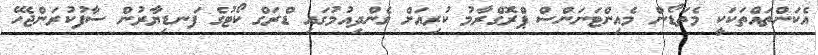
އެކަންތައްތަކަކީ މެތަޑޯން މެއިންޓަނަންސް ޕްރޮގްރާމު ކުރިއަށް ގެންދިއުމުގައި ޑްރަގް ކޯޓުގެ ފަނޑިޔާރުން ސާފުކުރަންޖެހޭ